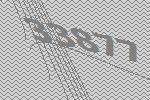
33877